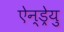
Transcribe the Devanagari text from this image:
ऐन्ड्रेयु